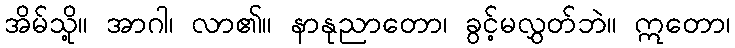
အိမ်သို့။ အာဂါ၊ လာ၏။ နာနုညာတော၊ ခွင့်မလွှတ်ဘဲ။ ဣတော၊